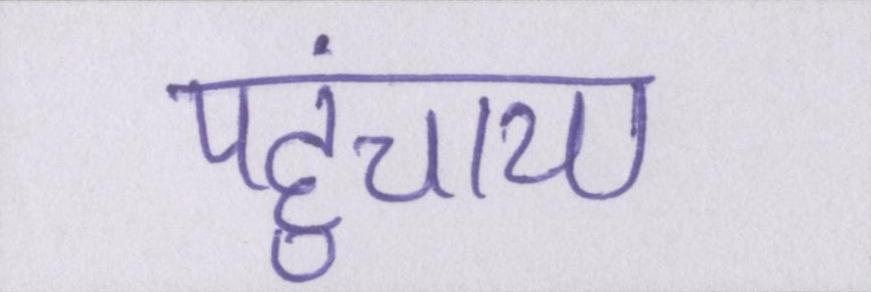
पहुंचाया